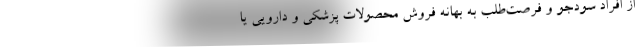
از افراد سودجو و فرصت‌طلب به بهانه فروش محصولات پزشکی و دارویی یا